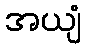
အယျံ